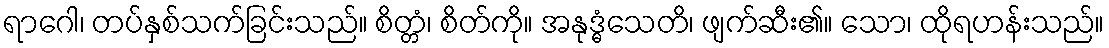
ရာဂေါ၊ တပ်နှစ်သက်ခြင်းသည်။ စိတ္တံ၊ စိတ်ကို။ အနုဒ္ဓံသေတိ၊ ဖျက်ဆီး၏။ သော၊ ထိုရဟန်းသည်။